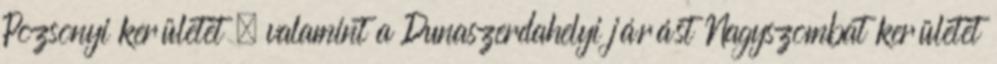
Pozsonyi kerületet , valamint a Dunaszerdahelyi járást Nagyszombat kerületet